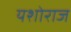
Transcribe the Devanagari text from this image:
यशोराज